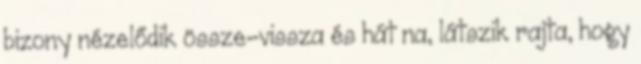
bizony nézelődik össze-vissza és hát na, látszik rajta, hogy